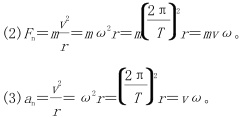
\begin{align*}
(2)F_{n}&=m\frac{v^{2}}{r}=m\omega ^{2}r=m\left(\frac{2\pi }{T}\right)^{2}r=mv\omega\\
(3)a_{n}&=\frac{v^{2}}{r}=\omega ^{2}r=\left(\frac{2\pi }{T}\right)^{2}r=v\omega 。
\end{align*}